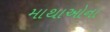
માથાઓના